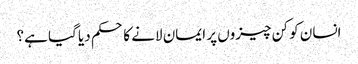
انسان کو کن چیزوں پر ایمان لانے کا حکم دیا گیا ہے؟